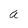
Character: a